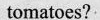
tomatoes?